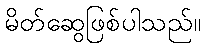
မိတ်ဆွေဖြစ်ပါသည်။